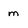
Character: m